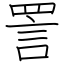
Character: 詈